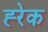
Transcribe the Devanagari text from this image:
ह्‍रेक